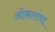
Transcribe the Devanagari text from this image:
ओंकारांचा